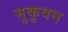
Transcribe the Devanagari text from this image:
मुकुवन